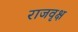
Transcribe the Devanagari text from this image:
राजवृक्ष